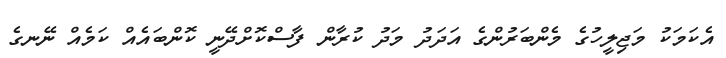
އެކަމަކު މަޖިލީހުގެ މެންބަރުންގެ އަދަދު މަދު ކުރާން ފާސްކޮށްދޭނީ ކޮންބައެއް ކަމެއް ނޭނގެ